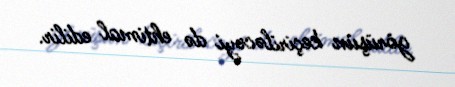
görüşün keçiriləcəyi də ehtimal edilir.